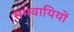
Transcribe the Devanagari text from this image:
समवायियों